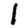
Digit: 1